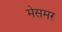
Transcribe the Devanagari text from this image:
मेसमर